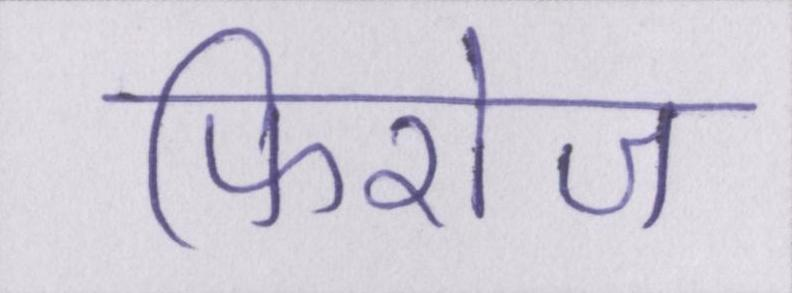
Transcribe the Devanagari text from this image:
फिरोज